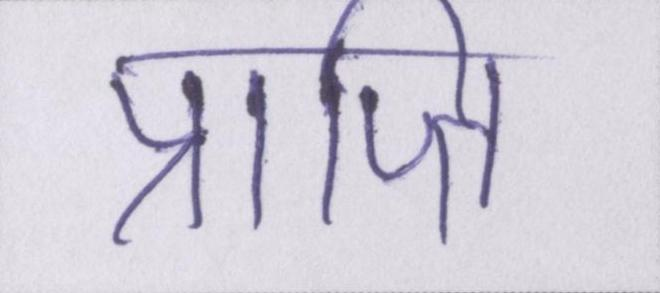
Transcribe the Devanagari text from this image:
प्राप्ति